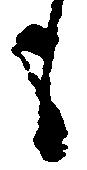
も